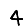
Digit: 4